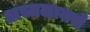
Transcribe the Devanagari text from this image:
अस्तलानचे